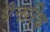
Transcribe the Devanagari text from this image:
पैनरिथ